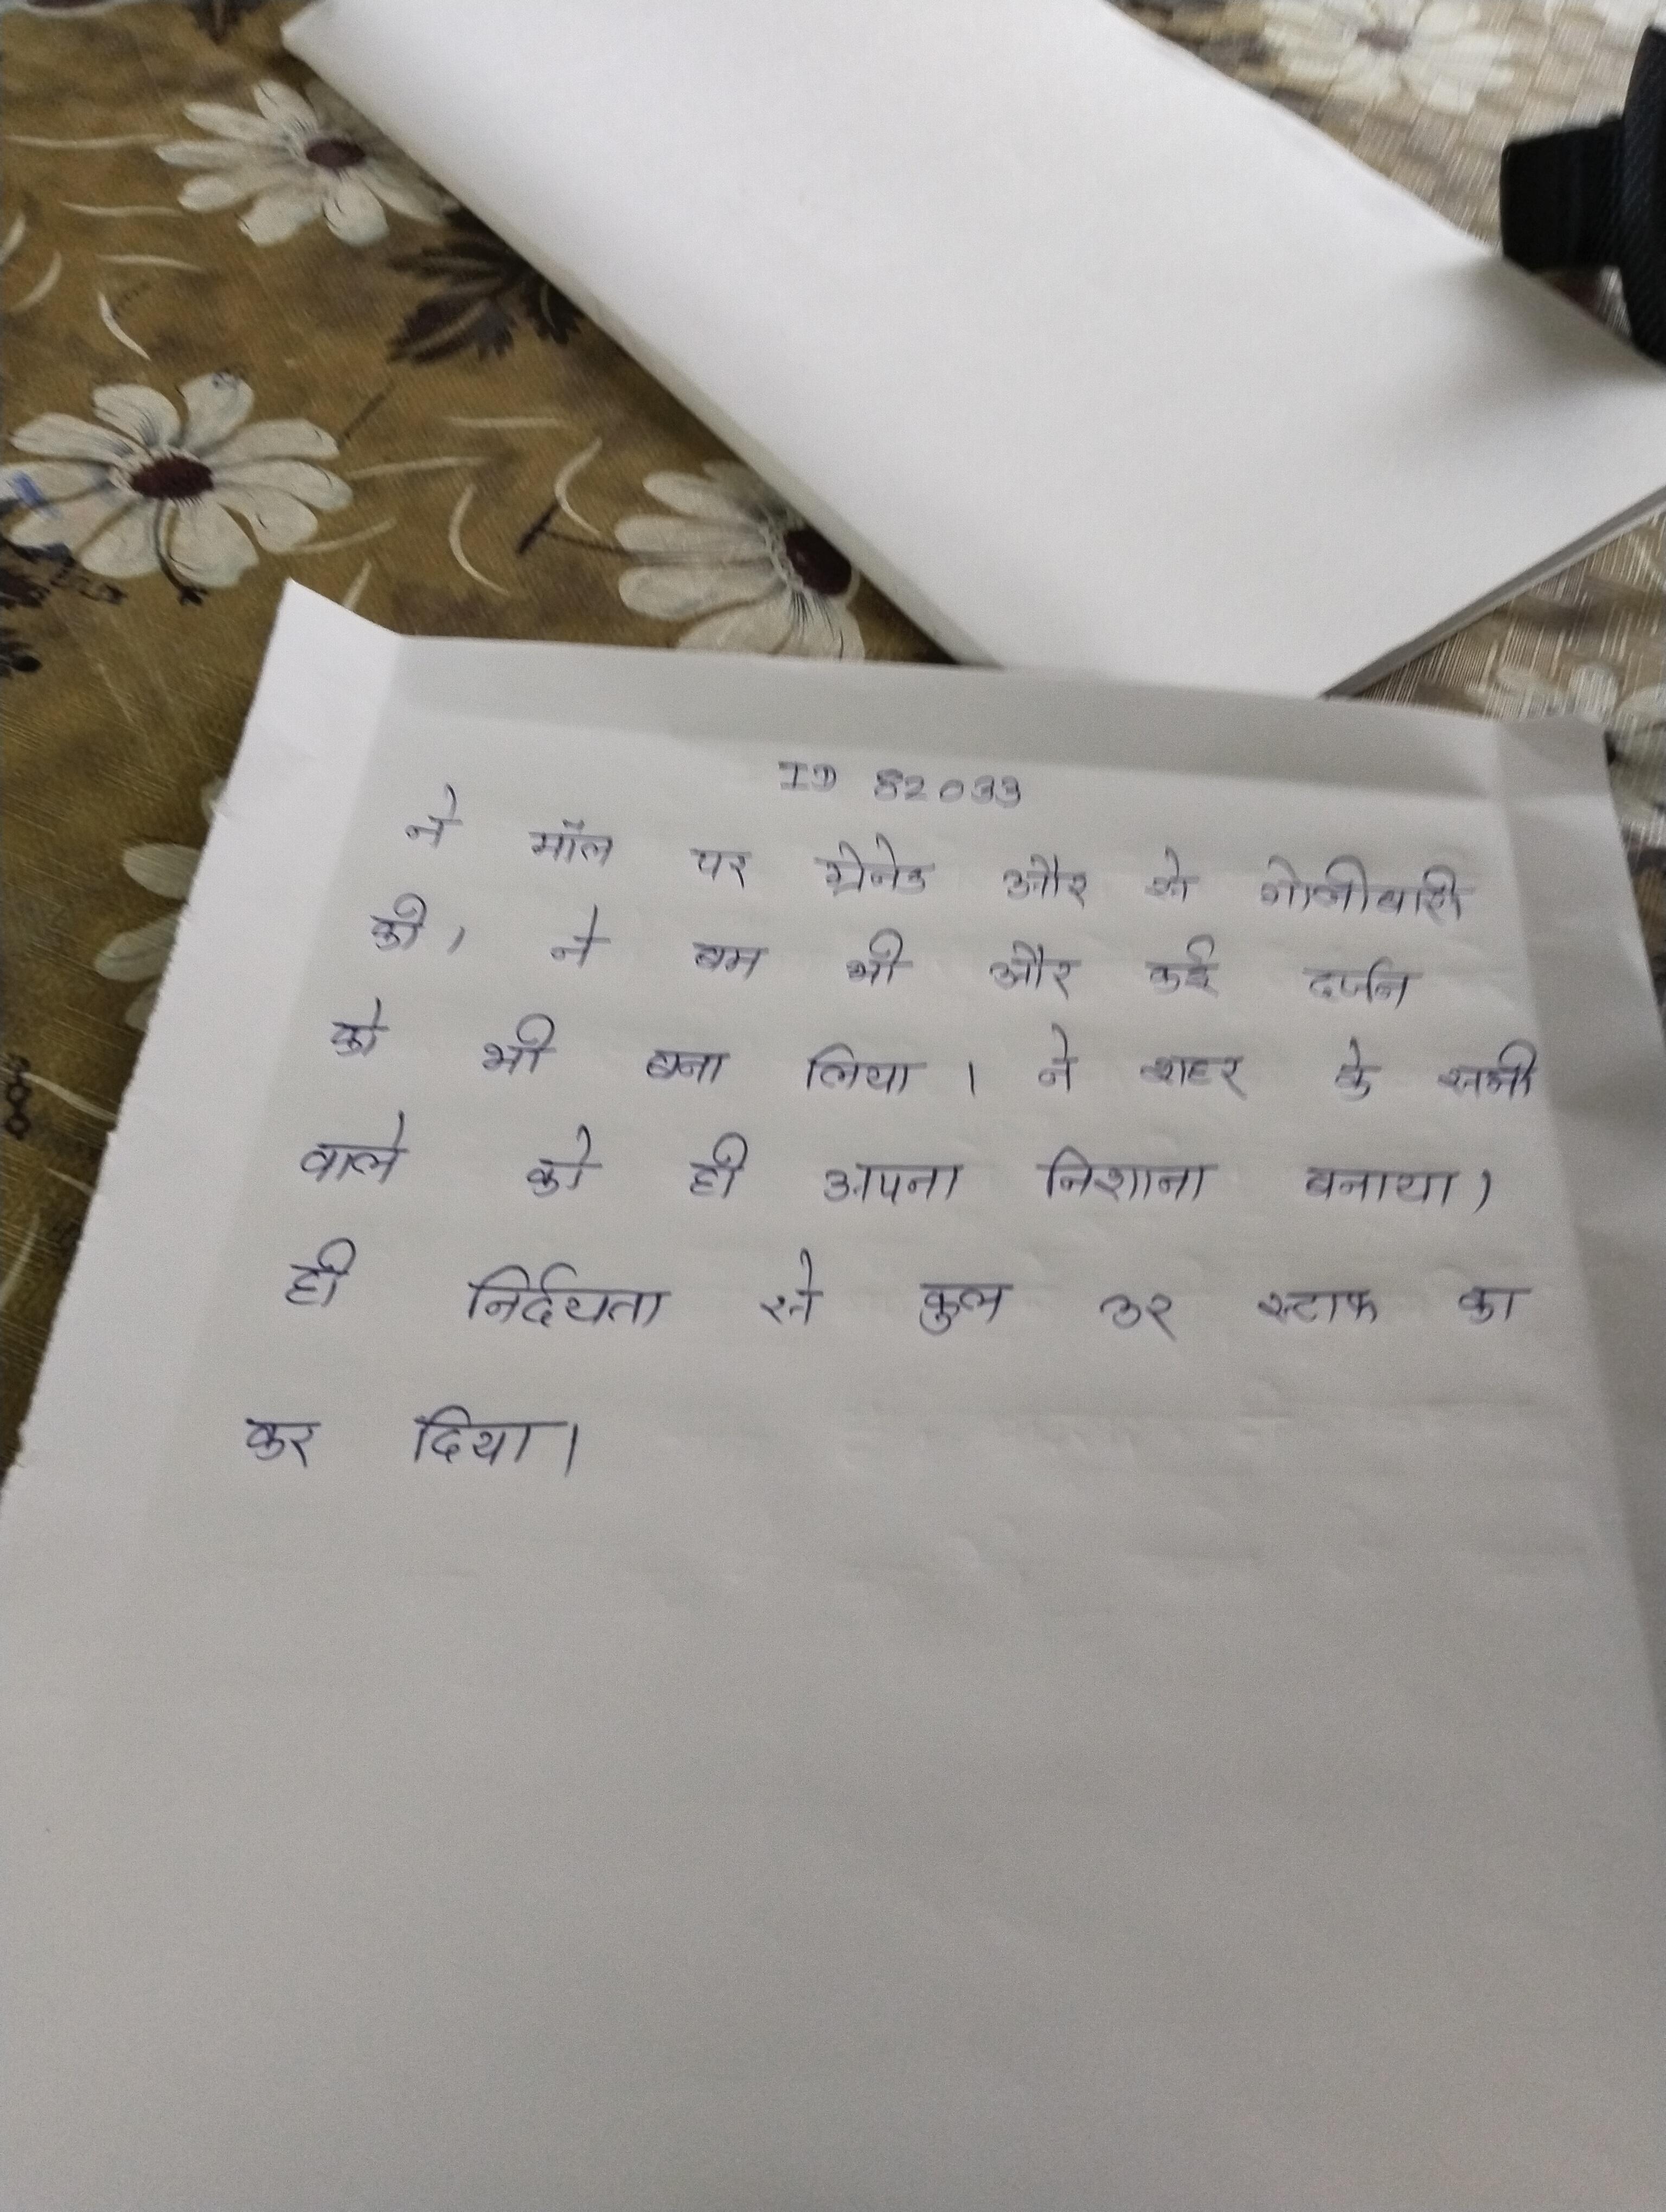
ने मॉल पर ग्रेनेड और से गोलीबारी की । ने बम भी और कई दर्जन को भी बना लिया । ने शहर के सभी वाले को ही अपना निशाना बनाया । ही निर्दयता से कुल ३२ स्टाफ का कर दिया ।